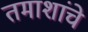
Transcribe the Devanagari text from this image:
तमाशांचे